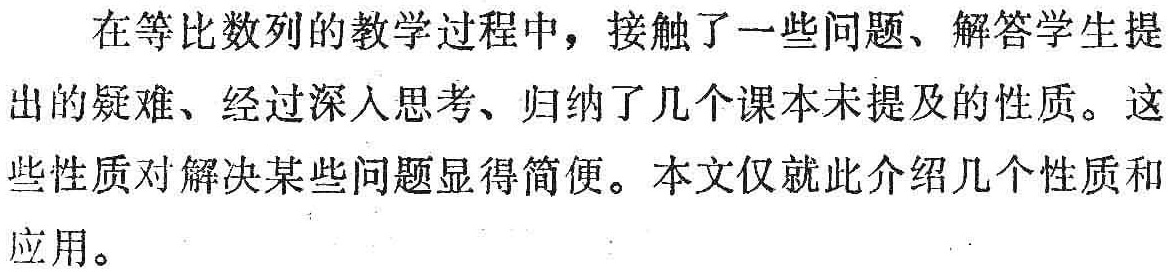
在等比数列的教学过程中，接触了一些问题、解答学生提出的疑难、经过深入思考、归纳了几个课本未提及的性质。这些性质对解决某些问题显得简便。本文仅就此介绍几个性质和应用。